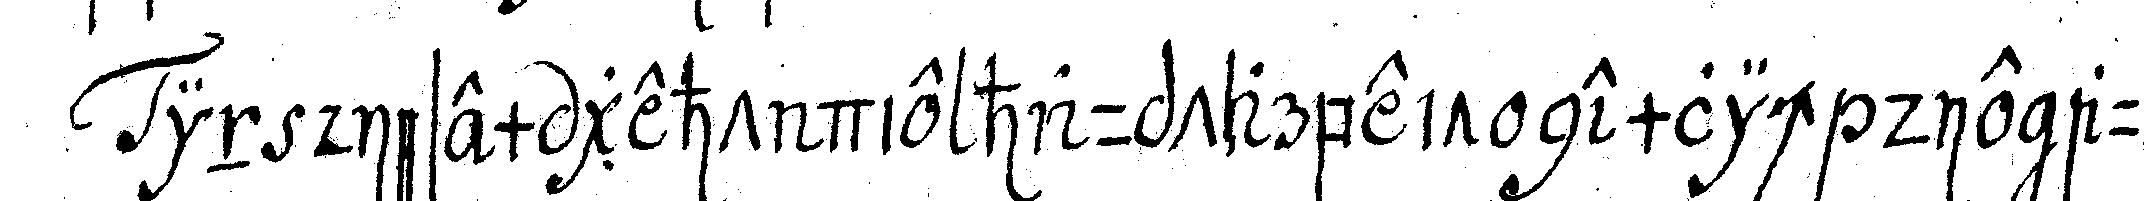
in diesem geht die hauptarbeit nemlich die auf